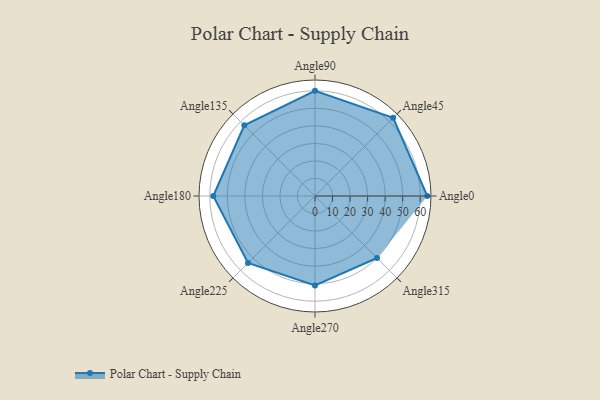
{"axis": {"x": "Angle", "y": "Radius"}, "legend": [""], "data": [{"x": "Angle0", "y": 64.0, "type": ""}, {"x": "Angle45", "y": 63.0, "type": ""}, {"x": "Angle90", "y": 60.0, "type": ""}, {"x": "Angle135", "y": 57.0, "type": ""}, {"x": "Angle180", "y": 58.0, "type": ""}, {"x": "Angle225", "y": 54.0, "type": ""}, {"x": "Angle270", "y": 51.0, "type": ""}, {"x": "Angle315", "y": 50, "type": ""}]}